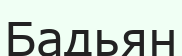
Бадьян